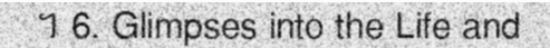
។ 6. Glimpses into the Life and